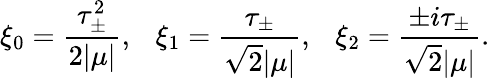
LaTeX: \xi_{0}=\frac{\tau_{\pm}^{2}}{{2}|\mu|},~~~\xi_{1}=\frac{\tau_{\pm}}{\sqrt{2}|\mu|},~~~\xi_{2}=\frac{\pm i\tau_{\pm}}{\sqrt{2}|\mu|}.